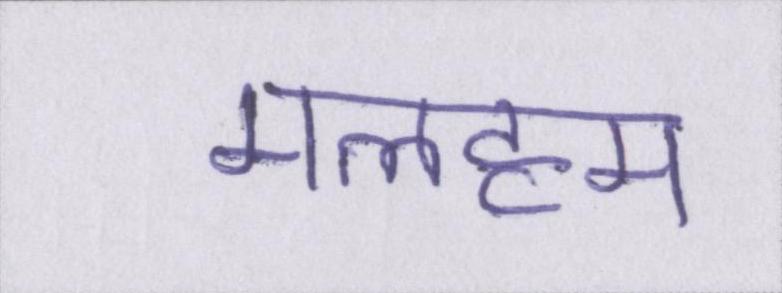
मलहम